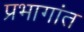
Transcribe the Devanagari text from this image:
प्रभागांत